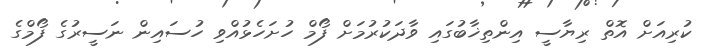
ކުރިއަށް އޮތް ރިޔާސީ އިންތިޚާބުގައި ވާދަކުރުމަށް ފޯމް ހުށަހެޅުއްވި ހުސައިން ނަސީރުގެ ފޯމްގެ